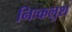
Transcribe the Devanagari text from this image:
निःकलुश